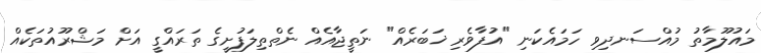
މައުލޫމާތު މުއްސަނދިވި ހަމައެކަނި "އުފާވެރި ޚަބަރެއް" ނަތީޖާއެއް ނެތްތިލަފުށީގެ ތަރައްގީ އަށް މަޝްރޫއުތަކެއް